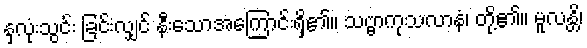
နှလုံးသွင်း ခြင်းလျှင် နီးသောအကြောင်းရှိ၏။ သဗ္ဗာကုသလာနံ၊ တို့၏။ မူလန္တိ၊